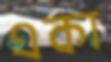
একা